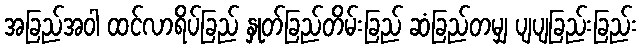
အခြည်အဝါ ထင်လာရိပ်ခြည် နှုတ်ခြည်တိမ်းခြည် ဆံခြည်တမျှ ပျပျခြည်းခြည်း